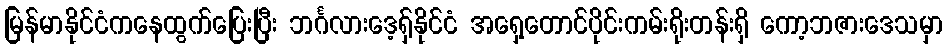
မြန်မာနိုင်ငံကနေထွက်ပြေးပြီး ဘင်္ဂလားဒေ့ရှ်နိုင်ငံ အရှေ့တောင်ပိုင်းကမ်းရိုးတန်းရှိ ကော့ဘဇားဒေသမှာ